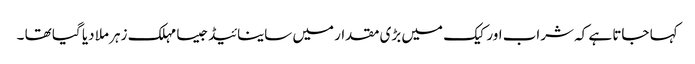
کہا جاتا ہے کہ شراب اور کیک میں بڑی مقدار میں ساینائیڈجیسا مہلک زہر ملا دیا گیا تھا ۔